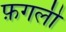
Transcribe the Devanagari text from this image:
फ़गली